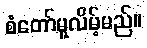
စံတော်မူလိမ့်မည်။